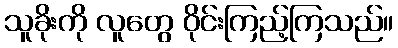
သူခိုးကို လူတွေ ဝိုင်းကြည့်ကြသည်။